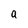
Character: a